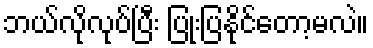
ဘယ်လိုလုပ်ပြီး ပြုံးပြနိုင်တော့မလဲ။